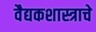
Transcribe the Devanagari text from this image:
वैद्यकशास्त्राचे